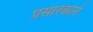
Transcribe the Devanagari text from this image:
प्रसारकाने